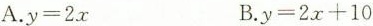
A.$$y=2x$$ B.$$y=2x+10$$